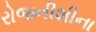
રોજનીશીના